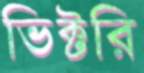
ভিক্টরি